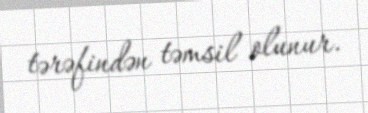
tərəfindən təmsil olunur.